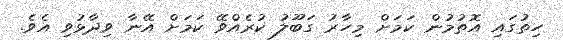
ހިތުގައި އޮތުމުން ކަމަށް މިހާރު ގަބޫލު ކުރެއްވޭ ކަމަށް އޭނާ ވިދާޅުވި އެވެ.